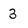
Character: 3